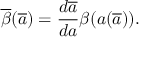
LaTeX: \overline { { { \beta } } } ( \overline { { { a } } } ) = \frac { d \overline { { { a } } } } { d a } \beta ( a ( \overline { { { a } } } ) ) .